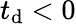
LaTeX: t_{\mathrm{d}}<0